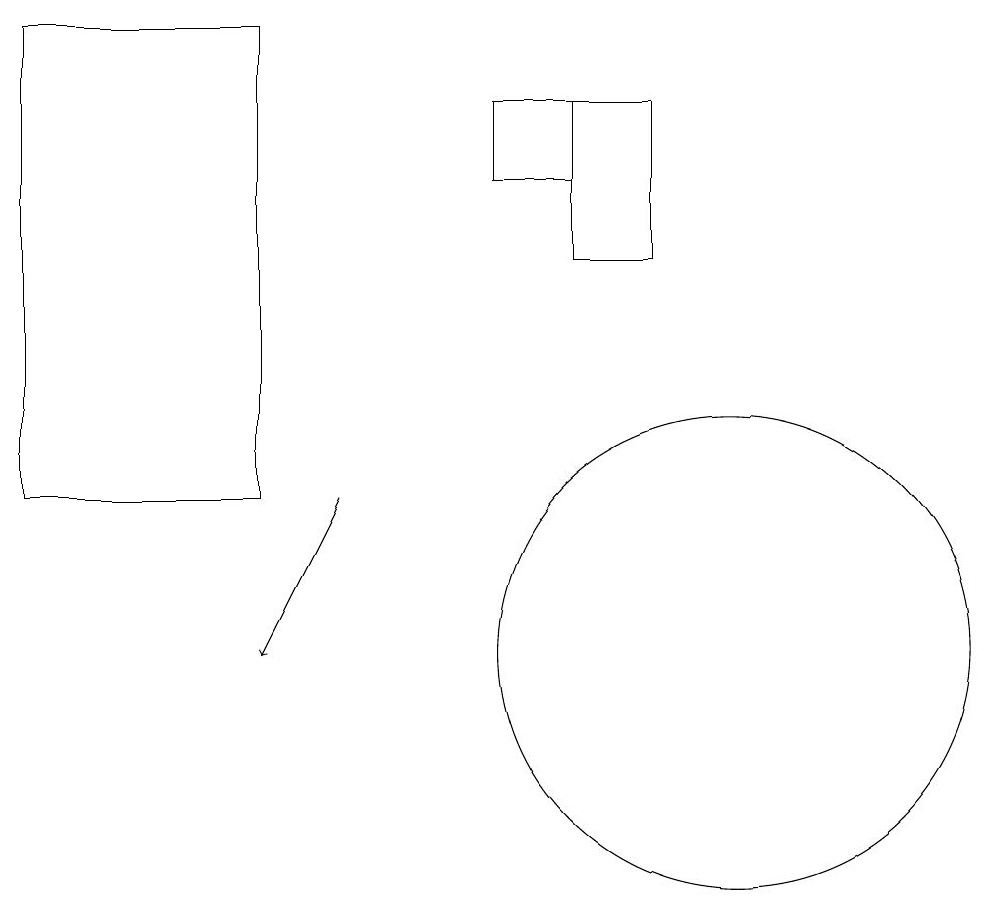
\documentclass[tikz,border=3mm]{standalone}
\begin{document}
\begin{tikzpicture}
\draw (9,18) rectangle (8,16);
\draw (8,18) rectangle (7,17);
\draw (10,11) circle (3);
\draw (1,13) rectangle (4,19);
\draw[->] (5,13) -- (4,11);
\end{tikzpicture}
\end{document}